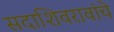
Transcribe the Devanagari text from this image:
सदाशिवरावांचे